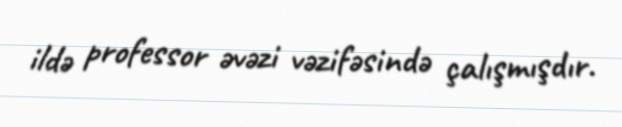
ildə professor əvəzi vəzifəsində çalışmışdır.